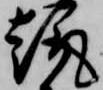
趣